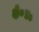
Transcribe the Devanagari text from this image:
क्षे०प्र०